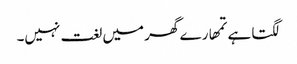
لگتا ہے تمھارے گھر میں لغت نہیں۔